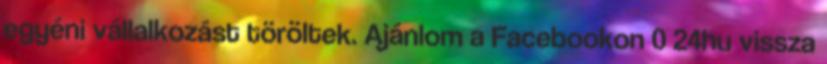
egyéni vállalkozást töröltek. Ajánlom a Facebookon 0 24hu vissza